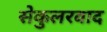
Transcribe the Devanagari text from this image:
सेकुलरवाद